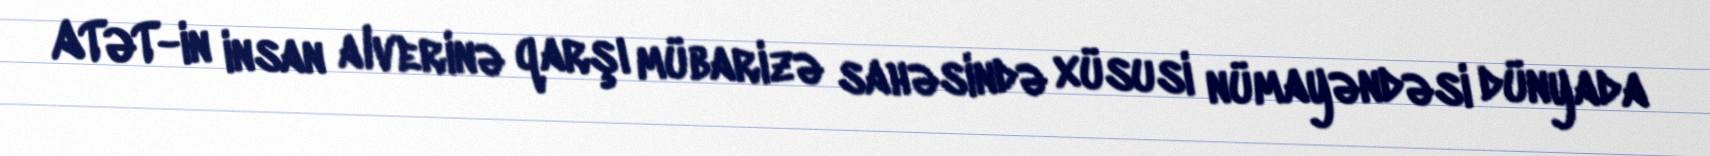
ATƏT-in insan alverinə qarşı mübarizə sahəsində xüsusi nümayəndəsi dünyada